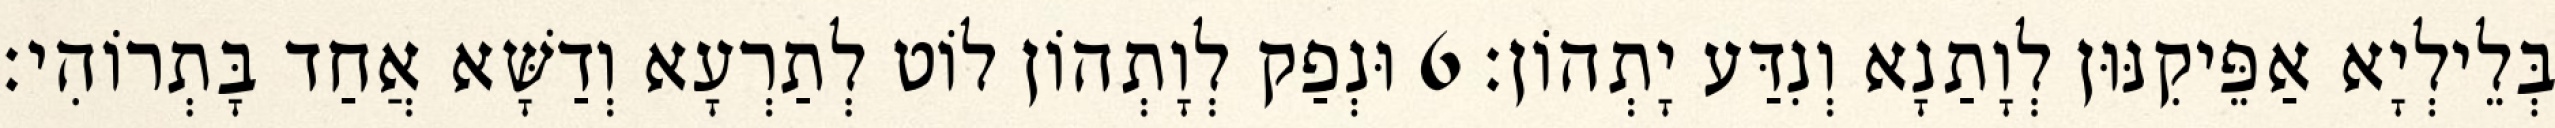
בְּלֵילְיָא אַפֵּיקִנּוּן לְוָתַנָא וְנִדַּע יָתְהוֹן׃ 6 וּנְפַק לְוָתְהוֹן לוֹט לְתַרְעָא וְדַשָּׁא אֲחַד בָּתְרוֹהִי׃